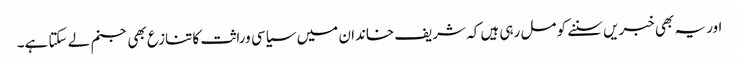
اور یہ بھی خبریں سننے کو مل رہی ہیں کہ شریف خاندان میں سیاسی وراثت کا تنازع بھی جنم لے سکتا ہے۔